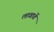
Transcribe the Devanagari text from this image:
लावावें